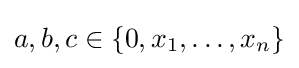
a,b,c\in \{0,x_{1},\dots ,x_{n}\}